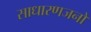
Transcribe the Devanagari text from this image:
साधारणजनों